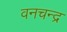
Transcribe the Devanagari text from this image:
वनचन्द्र